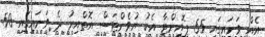
އެއް ވަނައިގައި 55 ޕޮއިންޓާ އެކު ޔުވެންޓަސް އޮތްއިރު ދެ ވަނައިގައި 50